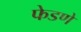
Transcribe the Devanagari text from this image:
फेडणें